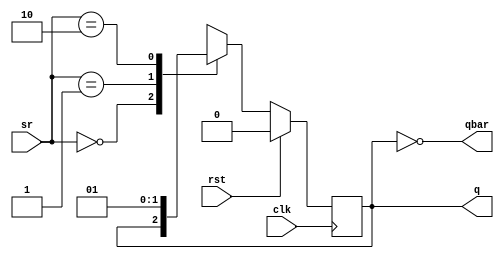
module jsrflipflop(q,qbar,clk,rst,sr);
	output reg q;
	output qbar;
	input clk, rst;
	input [1:0] sr;

	assign qbar = ~q;

	always @(posedge clk)
	begin
		if (rst)
			q <= 0;
		else
			case(sr)
				2'b00: q <= q;
				2'b01: q <= 0;
				2'b10: q <= 1;
				2'b11: q <= 1'bx;
			endcase
	end
endmodule